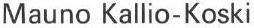
Mauno Kallio-Koski